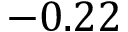
- 0 . 2 2